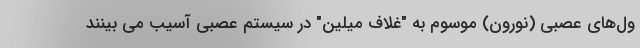
ول‌های عصبی (نورون) موسوم به "غلاف میلین" در سیستم عصبی آسیب می بینند